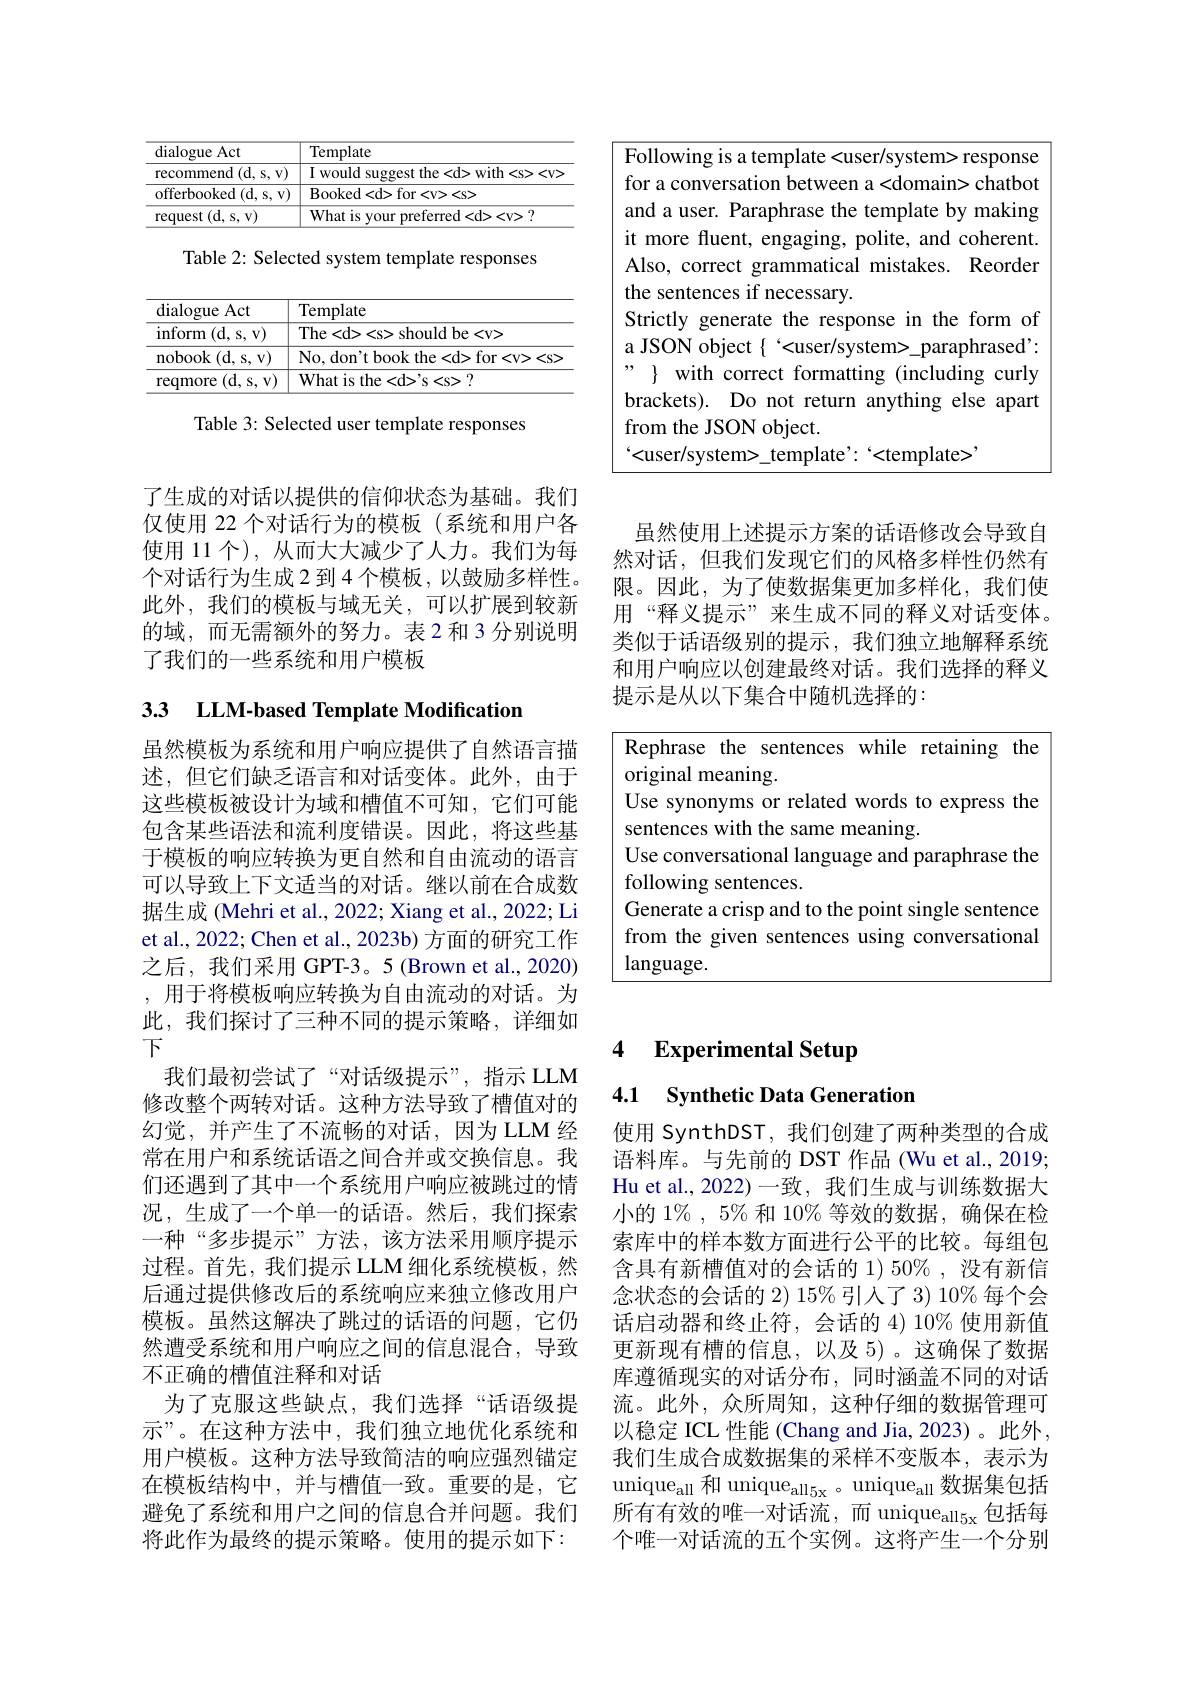
了生成的对话以提供的信仰状态为基础。我们仅使用 22 个对话行为的模板(系统和用户各使用 11 个), 从而大大减少了人力。我们为每个对话行为生成2到4个模板，以鼓励多样性。此外，我们的模板与域无关，可以扩展到较新的域，而无需额外的努力。表2和3分别说明了我们的一些系统和用户模板

## 33 LLM-based Template Modification

虽然模板为系统和用户响应提供了自然语言描述，但它们缺乏语言和对话变体。此外，由于这些模板被设计为域和槽值不可知，它们可能包含某些语法和流利度错误。因此，将这些基于模板的响应转换为更自然和自由流动的语言可以导致上下文适当的对话。继以前在合成数据生成 (Mehri et al., 2022; Xiang et al., 2022; Li et al., 2022; Chen et al., 2023b) 方面的研究工作之后，我们采用 GPT-3。5 (Brown et al., 2020) , 用于将模板响应转换为自由流动的对话。为此，我们探讨了三种不同的提示策略，详细如下
我们最初尝试了“对话级提示”,指示 LLM 修改整个两转对话。这种方法导致了槽值对的幻觉，并产生了不流畅的对话，因为LLM 经常在用户和系统话语之间合并或交换信息。我们还遇到了其中一个系统用户响应被跳过的情况，生成了一个单一的话语。然后，我们探索一种“多步提示”方法，该方法采用顺序提示过程。首先，我们提示 LLM 细化系统模板，然后通过提供修改后的系统响应来独立修改用户模板。虽然这解决了跳过的话语的问题，它仍然遭受系统和用户响应之间的信息混合，导致不正确的槽值注释和对话
为了克服这些缺点，我们选择“话语级提示”。在这种方法中，我们独立地优化系统和用户模板。这种方法导致简洁的响应强烈锚定在模板结构中，并与槽值一致。重要的是，它避免了系统和用户之间的信息合并问题。我们将此作为最终的提示策略。使用的提示如下：

<table>
	<tbody>
		<tr>
			<th>dialogue Act</th>
			<th>Template</th>
		</tr>
		<tr>
			<td>recommend (d, s, v)</td>
			<td>I would suggest the<d> with
<v></td>
		</tr>
		<tr>
			<td>offerbooked ( d, s, v) </td>
			<td>Booked< d> for< v> < s> </td>
		</tr>
		<tr>
			<td>request (d, s, v)</td>
			<td>What is vour preferred<d><v> ?</td>
		</tr>
	</tbody>
</table>

<table>
	<tbody>
		<tr>
			<td>dialogue Act</td>
			<td>Template</td>
		</tr>
		<tr>
			<td>$\operatorname{inform}$ (d, s, v)</td>
			<td>The<d>
 should be<v></td>
		</tr>
		<tr>
			<td>${\mathrm{nobook~(d,~s,~v)}}$</td>
			<td>No, do$n^{\prime }$t book the< d> for< v> < s</td>
		</tr>
		<tr>
			<td>(d, s, v) reqmore</td>
			<td>What is the< d$> ^{\prime }$s s s> ? </td>
		</tr>
	</tbody>
</table>

Table 3: Selected user template responses

虽然使用上述提示方案的话语修改会导致自然对话，但我们发现它们的风格多样性仍然有限。因此，为了使数据集更加多样化，我们使用“释义提示”来生成不同的释义对话变体。类似于话语级别的提示，我们独立地解释系统和用户响应以创建最终对话。我们选择的释义提示是从以下集合中随机选择的：

Rephrase the sentences while retaining the
original meaning.
Use synonyms or related words to express the
sentences with the same meaning.
Use conversational language and paraphrase the
following sentences.
Generate a crisp and to the point single sentence from the given sentences using conversational language.

4
Experimental Setup

4.1 Synthetic Data Generation

使用 SynthDST, 我们创建了两种类型的合成语料库。与先前的 DST 作品 (Wu et al., 2019; Hu et al.,2022)一致，我们生成与训练数据大小的$1\%,5\%$和 10% 等效的数据，确保在检索库中的样本数方面进行公平的比较。每组包含具有新槽值对的会话的 1) 50%,没有新信念状态的会话的 2) 15% 引人了 3) 10% 每个会话启动器和终止符，会话的 4)10% 使用新值更新现有槽的信息，以及5)。这确保了数据库遵循现实的对话分布，同时涵盖不同的对话流。此外，众所周知，这种仔细的数据管理可以稳定 ICL 性能 (Chang and Jia, 2023)。此外， 我们生成合成数据集的采样不变版本，表示为$\operatorname*{unique}_{\mathrm{all}}$和$\operatorname*{unique}_\mathrm{all}_{5\mathrm{x}}$。unique$_\mathrm{all}$ 数据集包括所有有效的唯一对话流，而 unique$_{\mathrm{all}5\mathrm{x}}$包括每个唯一对话流的五个实例。这将产生一个分别